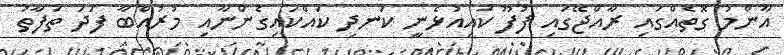
އާންމު ގޮތެއްގައި ރާއްޖޭގައި ފުފޫ ކައިއުޅެނީ ކަނދި ކައްކައިގެންނާއި މުރުއްބާ ފަދަ ތަފާތު